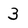
Character: 3